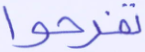
تفرحوا